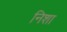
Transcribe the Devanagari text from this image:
निशा